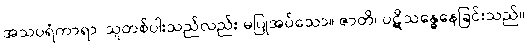
အသပရံကာရာ၊ သူတစ်ပါးသည်လည်း မပြုအပ်သော။ ဇာတိ၊ ပဋိသန္ဓေနေခြင်းသည်။